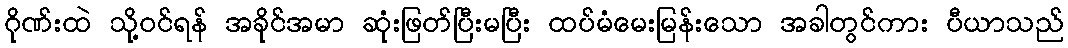
ဂိုဏ်းထဲ သို့ဝင်ရန် အခိုင်အမာ ဆုံးဖြတ်ပြီးမပြီး ထပ်မံမေးမြန်းသော အခါတွင်ကား ပီယာသည်